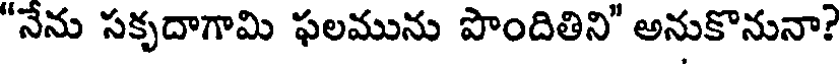
"నేను సకృదాగామి ఫలమును పొందితిని" అనుకొనునా?